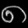
Digit: ၈